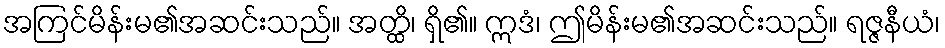
အကြင်မိန်းမ၏အဆင်းသည်။ အတ္ထိ၊ ရှိ၏။ ဣဒံ၊ ဤမိန်းမ၏အဆင်းသည်။ ရဇ္ဇနီယံ၊